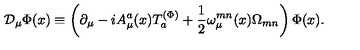
{ \cal D } _ { \mu } \Phi ( x ) \equiv \left( \partial _ { \mu } - i { A _ { \mu } ^ { a } } ( x ) T _ { a } ^ { ( \Phi ) } + \frac 1 2 \omega _ { \mu } ^ { m n } ( x ) \Omega _ { m n } \right) \Phi ( x ) .